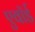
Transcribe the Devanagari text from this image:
एवॉर्ड